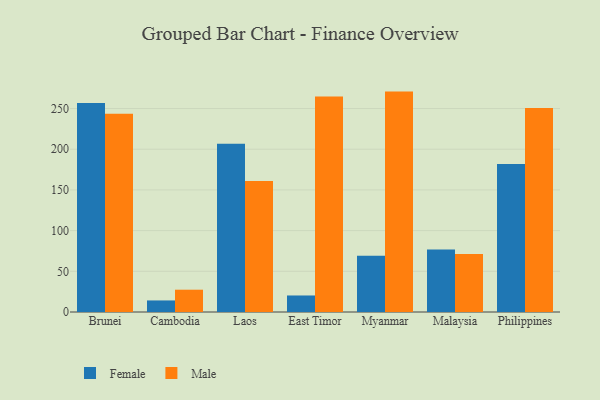
{"axis": {"x": "Country", "y": "Inventory Turnover"}, "legend": ["Female", "Male"], "data": [{"x": "Brunei", "y": 256.9, "type": "Female"}, {"x": "Brunei", "y": 243.5, "type": "Male"}, {"x": "Cambodia", "y": 14.2, "type": "Female"}, {"x": "Cambodia", "y": 27.4, "type": "Male"}, {"x": "Laos", "y": 206.7, "type": "Female"}, {"x": "Laos", "y": 161.0, "type": "Male"}, {"x": "East Timor", "y": 20.3, "type": "Female"}, {"x": "East Timor", "y": 264.7, "type": "Male"}, {"x": "Myanmar", "y": 69.1, "type": "Female"}, {"x": "Myanmar", "y": 270.8, "type": "Male"}, {"x": "Malaysia", "y": 76.9, "type": "Female"}, {"x": "Malaysia", "y": 71.4, "type": "Male"}, {"x": "Philippines", "y": 181.7, "type": "Female"}, {"x": "Philippines", "y": 250.6, "type": "Male"}]}